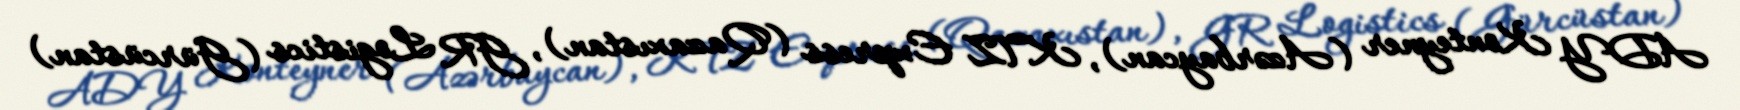
ADY Konteyner (Azərbaycan), KTZ Express (Qazaxıstan), GR Logistics (Gürcüstan)